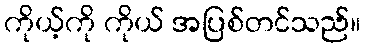
ကိုယ့်ကို ကိုယ် အပြစ်တင်သည်။